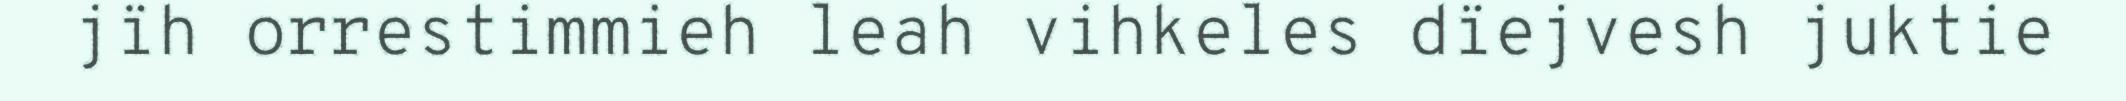
jïh orrestimmieh leah vihkeles dïejvesh juktie